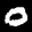
Label: 0